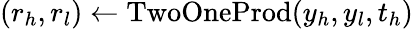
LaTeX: (r_{h},r_{l})\gets\mathrm{TwoOneProd}(y_{h},y_{l},t_{h})